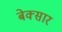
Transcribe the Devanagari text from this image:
बेक्सार